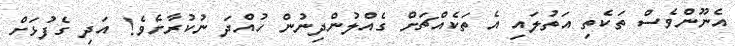
އެނޫންވެސް ތަކެތި އަތުލައި އެ ތަކެއްޗަށް ގެއްލުންދިނުން ހުއްދަ ނުކުރާށެވެ! އަދި ގެފުޅަށް